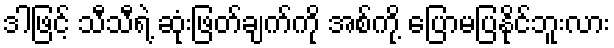
ဒါဖြင့် သီသီရဲ့ ဆုံးဖြတ်ချက်ကို အစ်ကို့ ပြောမပြနိုင်ဘူးလား